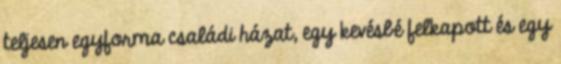
teljesen egyforma családi házat, egy kevésbé felkapott és egy